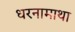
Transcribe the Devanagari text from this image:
धरनामाथा